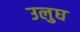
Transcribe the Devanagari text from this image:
उलुघ